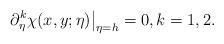
LaTeX: \begin{align*}\partial_\eta^k\chi(x,y;\eta)\big|_{\eta=h}=0,k=1,2.\end{align*}